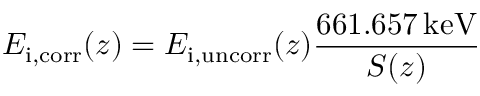
E _ { \mathrm { i , c o r r } } ( z ) = E _ { \mathrm { i , u n c o r r } } ( z ) \frac { 6 6 1 . 6 5 7 \, \mathrm { k e V } } { S ( z ) }